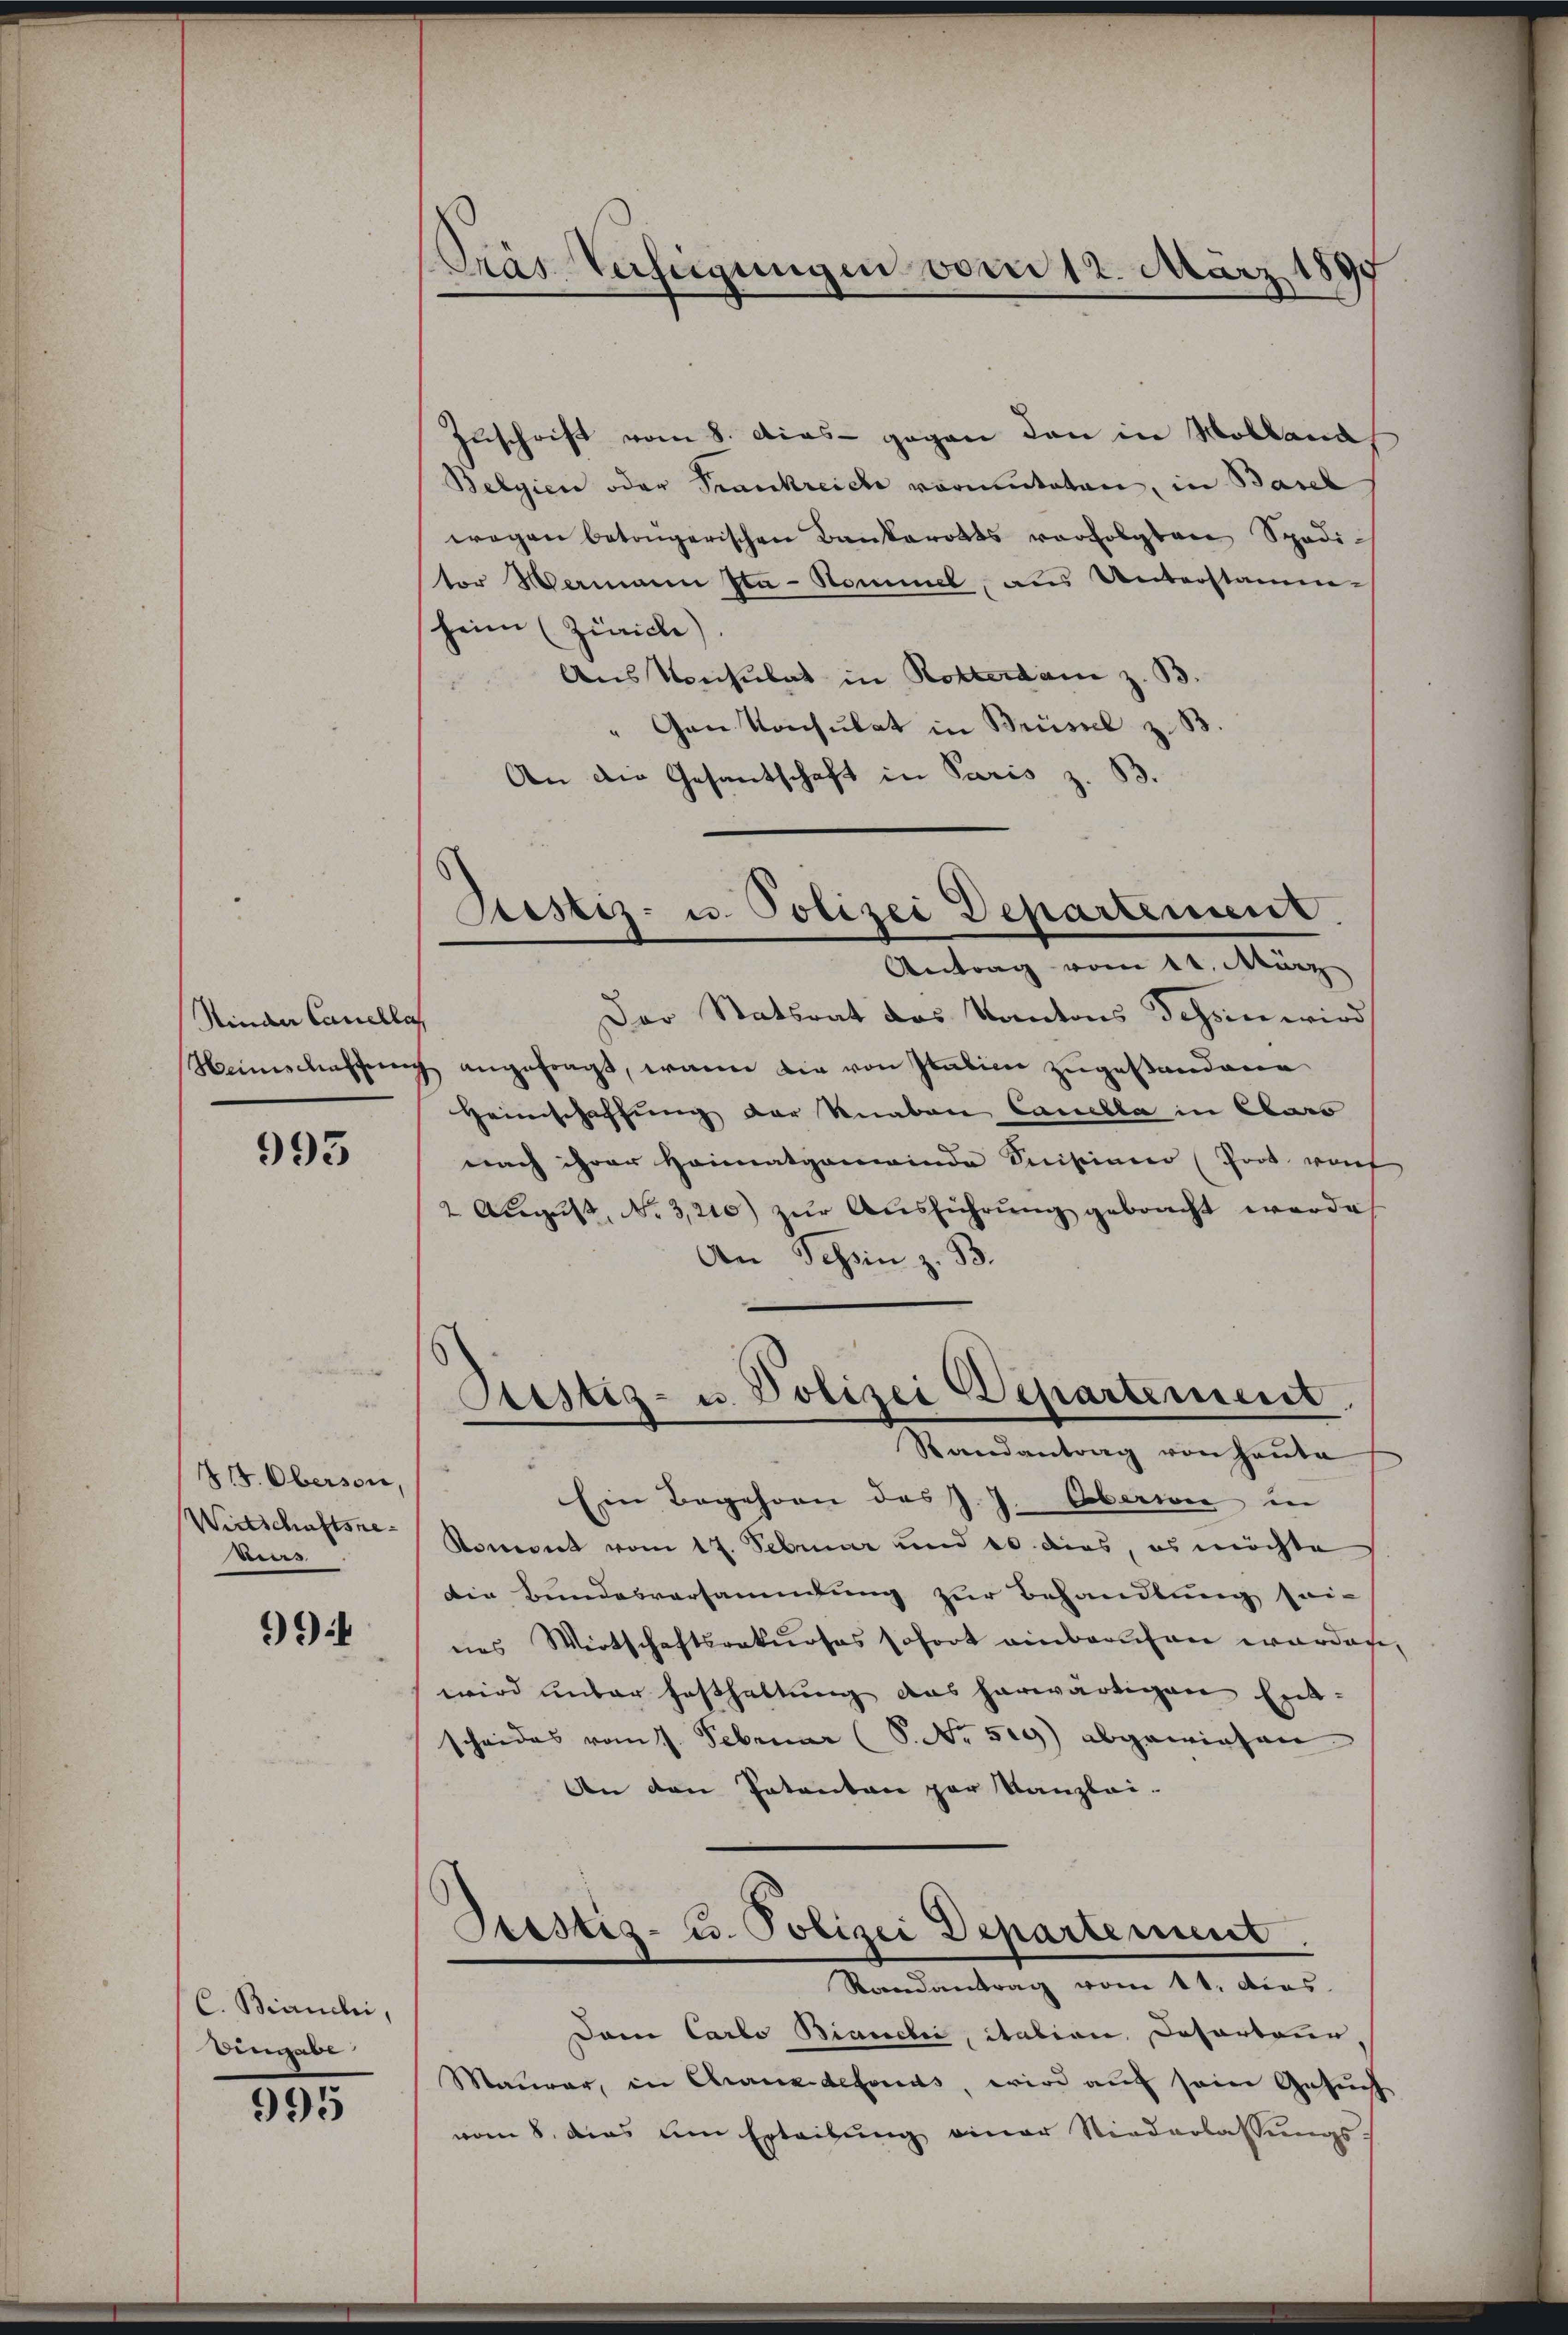
Sinder Cancella

993

414. Oberson,
Wirtschaftsre
bes

994

C. Bianchi,
Eingabe

995

Gras Verfeigungen vom 12. März 1897

Destiz- u. Polizei Departement.
Antrag vom 11. März

Zuschrift vom 8. dies - gegen den in Molland
Belgien oder Frankreiche vormuteten, in Basel
wegen betrügerischen Bankerotts verfolgten Spadi-
tor Wermann Sta-Nommel, aus Unterstamm-
heim (Zürich)
Aus Konsulat in Rotterdam z. B.
"Gan Konsulat in Brüssel z. B
An die Gesantschaft in Paris z. B.
Der Statsrat des Kantons Tessin wird
Heimschaffŭng angefragt, wann die von Italien zugestandene
Heimschaffung der Knaben Canella in Caro
nach ihrer Heimatgemeinde Sistiner (Prod. von
2 Aŭgŭst No 3,210) zŭr Aŭsführŭng gebracht werde
An Schin z. B.
Glistiz- u. Polizei Departement
Randantrag von Heute
Ein Begehren des J. J. Oberwie in
Koment vom 17. Februar und 10. dies, es möchte
Die Bundesversammlung zur Behandlung sei-
nes Wirtschaftsrakurses sofort einberechen worden,
wird unter Festhaltung das herwärtigen Entscheides vom 1. Februar (S. Nr. 509) abgewiesen
An den Patenten par Kanzlei-
Prestiz- u. Polizei Departement.
Randantrag vom 11. dies
Dam Carlo Biancher, Station, Dofortune,
Maurer, in Chauxdefonds, wird auf sein Gesuch
vom 8. dies um Erteibung einer Niederlassungs¬